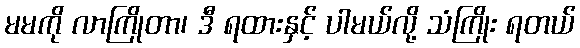
မမကို လာကြိုတာ၊ ဒီ ရထားနှင့် ပါမယ်လို့ သံကြိုး ရတယ်